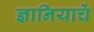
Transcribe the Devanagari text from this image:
ज्ञानियाचें